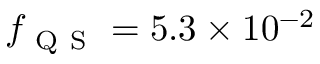
f _ { \mathrm { ~ Q ~ S ~ } } = 5 . 3 \times 1 0 ^ { - 2 }